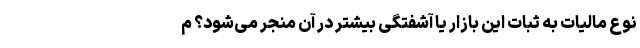
نوع مالیات به ثبات این بازار یا آشفتگی بیشتر در آن منجر می‌شود؟ م